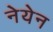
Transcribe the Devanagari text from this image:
नेयेन